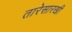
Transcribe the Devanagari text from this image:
तारेसारखी